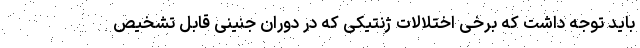
باید توجه داشت که برخی اختلالات ژنتیکی که در دوران جنینی قابل تشخیص